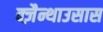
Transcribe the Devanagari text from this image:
क्ज़ैन्थाउसास